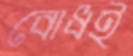
বোধই